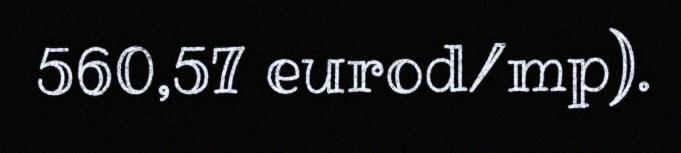
560,57 eurod/mp).